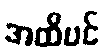
အထိပင်